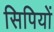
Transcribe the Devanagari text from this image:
सिपियों